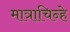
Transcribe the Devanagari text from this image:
मात्राचिन्हे